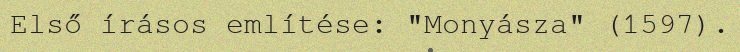
Első írásos említése: "Monyásza" (1597).